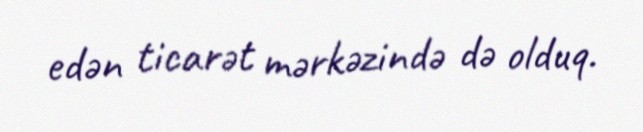
edən ticarət mərkəzində də olduq.